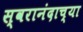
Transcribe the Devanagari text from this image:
स्वरानंदाच्या